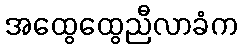
အထွေထွေညီလာခံက